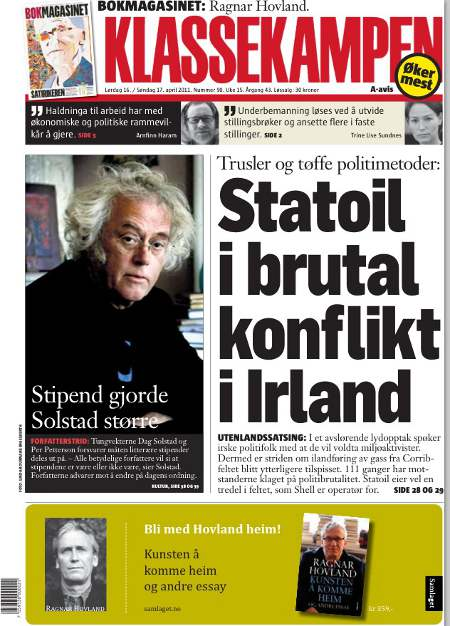
Language: no